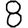
Digit: 8